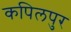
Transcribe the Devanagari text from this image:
कपिलपुर